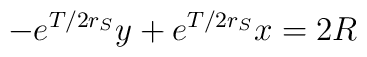
-e^{T/2r_S}y + e^{T/2r_S}x = 2R